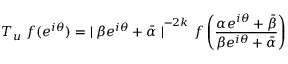
T _ { u } ~ f ( e ^ { i \theta } ) = { \mid \beta e ^ { i \theta } + \bar { \alpha } \mid } ^ { - 2 k } ~ f \left( \frac { \alpha e ^ { i \theta } + \bar { \beta } } { \beta e ^ { i \theta } + \bar { \alpha } } \right)